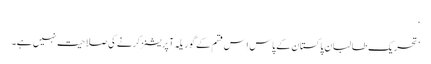
‘
’تحریک ِطالبان پاکستان کے پاس اِس قسم کے گوریلہ آپریشنز کرنے کی صلاحیت نہیں ہے۔